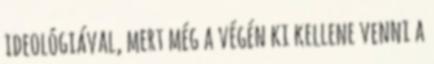
ideológiával, mert még a végén ki kellene venni a